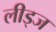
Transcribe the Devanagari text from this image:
लीड्ज